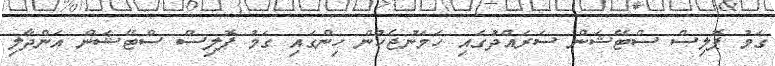
ގަމު ޕޮލިސް ސްޓޭޝަން ސަރައްދުގައި ހަމަނުޖެހުން ހިންގައި ގަމު ޕޮލިސް ސްޓޭޝަން އަންދާލި